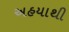
અહયાથી